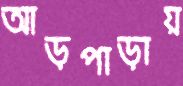
আড়পাড়ায়